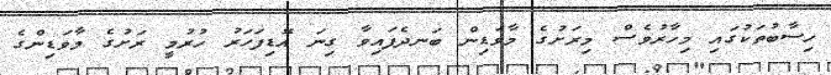
ހިސާބުތަކުގައި މިހާރުވެސް މިރަށުގެ މާވަޑިން ބަނދެފައިވާ ގިނަ އޮޑިފަހަރު ހުރުމީ ރަށުގެ މާވަޑިންގެ